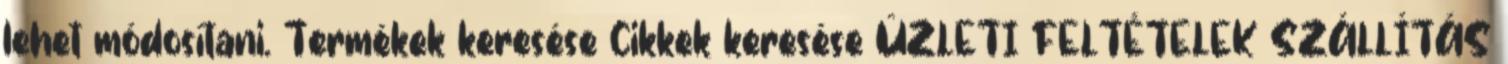
lehet módosítani. Termékek keresése Cikkek keresése ÜZLETI FELTÉTELEK SZÁLLÍTÁS